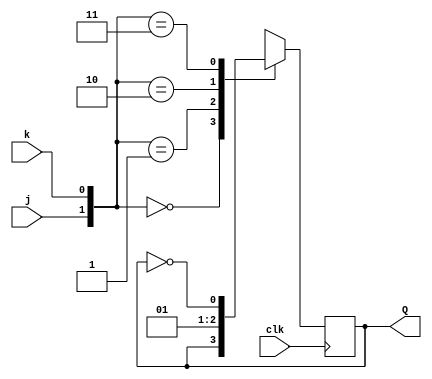
module top_module (
    input clk,
    input j,
    input k,
    output Q); 

    always @(posedge clk ) begin
        case ({j, k}) 
            2'b00: begin
                Q <= Q;
            end
            2'b01: begin
                Q <= 0;
            end
            2'b10: begin
                Q <= 1;
            end
            2'b11: begin
                Q <= ~Q;
            end
        endcase
    end
endmodule